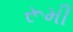
રૂમી